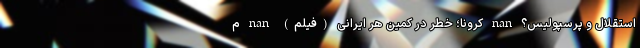
استقلال و پرسپولیس؟ nan کرونا؛ خطر در کمین هر ایرانی (فیلم) nan م